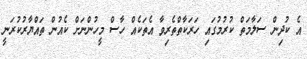
އެ ކުދިން ސަލާމަތް ކުރުމުގައި ހަރަކާތްތެރިވާ އެތަކެއް ހާސް މީހުންނަށް ކެއުން ތައްޔާރުކުރަނީ